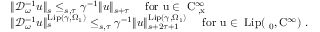
\begin{array} { r l } & { \rVert \mathcal { D } _ { \omega } ^ { - 1 } u \rVert _ { s } \le _ { s , \tau } \gamma ^ { - 1 } \rVert u \rVert _ { s + \tau } \quad \mathrm { ~ f o r ~ u \in ~ C _ { \varphi , x } ^ \infty ~ } } \\ & { \rVert \mathcal { D } _ { \omega } ^ { - 1 } u \rVert _ { s } ^ { \mathrm { L i p } ( \gamma , \Omega _ { 1 } ) } \le _ { s , \tau } \gamma ^ { - 1 } \rVert u \rVert _ { s + 2 \tau + 1 } ^ { \mathrm { L i p } ( \gamma , \Omega _ { 1 } ) } \quad \mathrm { ~ f o r ~ u \in ~ \mathrm { L i p } ( \Omega _ 0 , C ^ \infty ) ~ } . } \end{array}